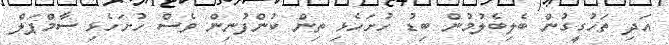
އަދި ތަހުގީގުން ބެލިބެލުމުން ބިޑު ހުށަހެޅި ތިން ކުންފުނިން ވެސް ހުށަހެޅި ސާމްޕަލް